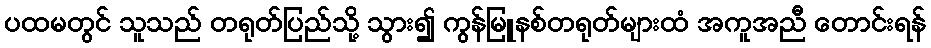
ပထမတွင် သူသည် တရုတ်ပြည်သို့ သွား၍ ကွန်မြူနစ်တရုတ်များထံ အကူအညီ တောင်းရန်